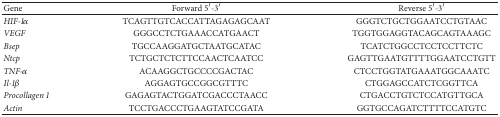
| Gene | Forward 5′-3′ | Reverse 5′-3′ |
 | --- | --- | --- |
 | HIF-1α | TCAGTTGTCACCATTAGAGAGCAAT | GGGTCTGCTGGAATCCTGTAAC |
 | VEGF | GGGCCTCTGAAACCATGAACT | TGGTGGAGGTACAGCAGTAAAGC |
 | Bsep | TGCCAAGGATGCTAATGCATAC | TCATCTGGCCTCCTCCTTCTC |
 | Ntcp | TCTGCTCTCTTCCAACTCAATCC | GAGTTGAATGTTTTGGAATCCTGTT |
 | TNF-α | ACAAGGCTGCCCCGACTAC | CTCCTGGTATGAAATGGCAAATC |
 | Il-1β | AGGAGTGCCGGCGTTTC | CTGGAGCCATCTCGGTTCA |
 | Procollagen 1 | GAGAGTACTGGATCGACCCTAACC | CTGACCTGTCTCCATGTTGCA |
 | Actin | TCCTGACCCTGAAGTATCCGATA | GGTGCCAGATCTTTTCCATGTC |